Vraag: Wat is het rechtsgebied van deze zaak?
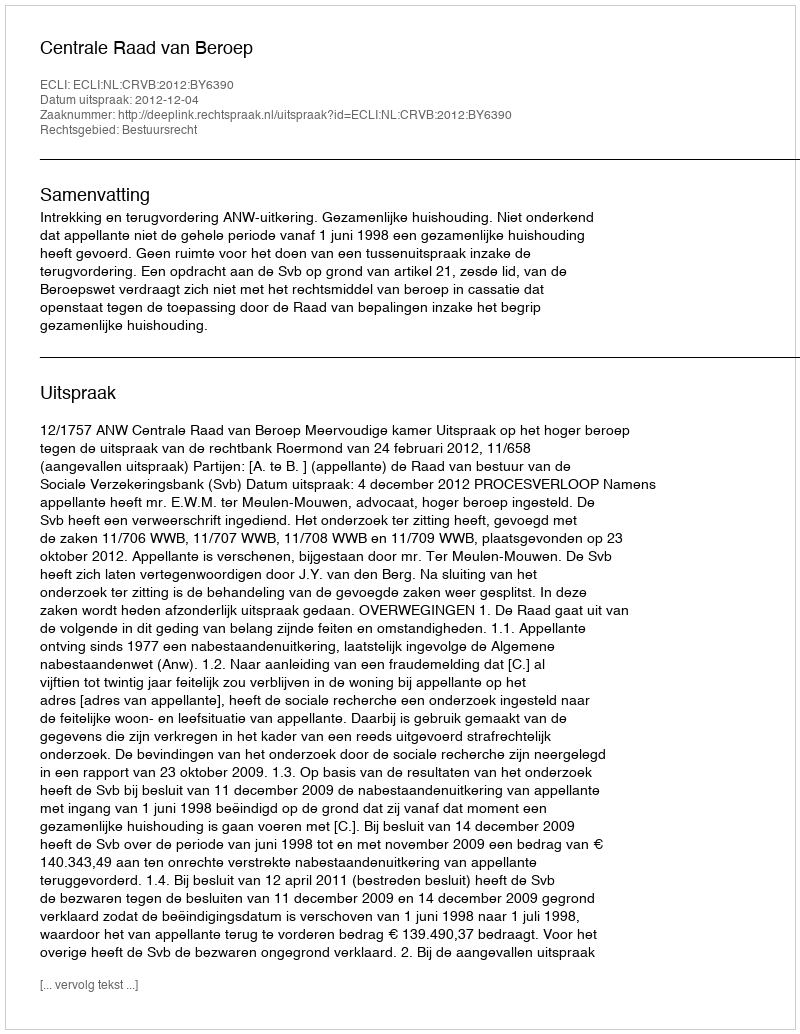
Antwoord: Bestuursrecht